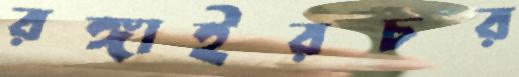
রঙ্গাইরচর